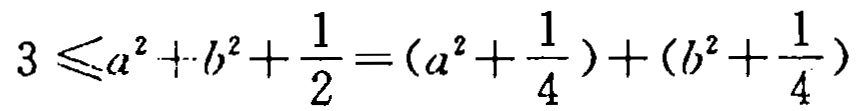
\(3 \leqslant a^{2}+b^{2}+\frac{1}{2}=(a^{2}+\frac{1}{4})+(b^{2}+\frac{1}{4})\)